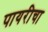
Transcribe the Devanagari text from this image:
पायरीचा